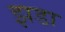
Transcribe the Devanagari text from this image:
झडा